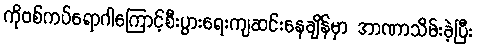
ကိုဗစ်ကပ်ရောဂါကြောင့်စီးပွားရေးကျဆင်းနေချိန်မှာ အာဏာသိမ်းခဲ့ပြီး